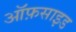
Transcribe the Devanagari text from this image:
ऑफ़साइड